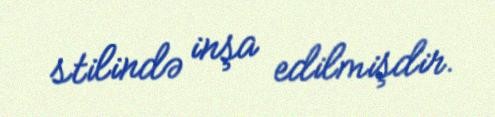
stilində inşa edilmişdir.